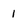
Character: 1